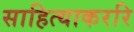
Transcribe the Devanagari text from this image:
साहित्याकररि